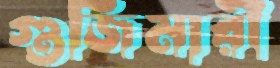
গুজিমারী